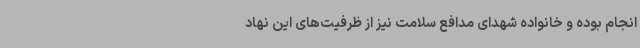
انجام بوده و خانواده‌ شهدای مدافع سلامت نیز از ظرفیت‌های این نهاد